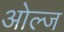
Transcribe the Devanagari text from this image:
ओल्ज